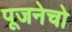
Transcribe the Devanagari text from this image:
पूजनेचो